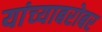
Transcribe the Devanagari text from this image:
यांच्‍याबरोबर